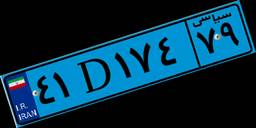
۵۴D۵۹۱۷۴